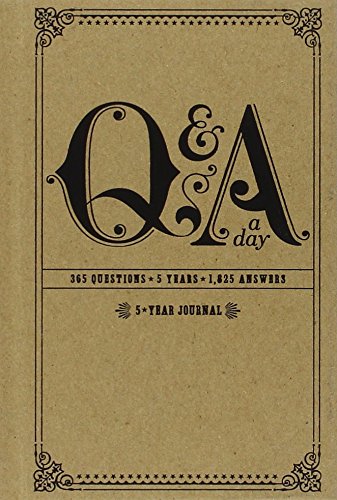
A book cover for Q&A a Day: 5-Year Journal; Potter Style; Self-Help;